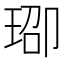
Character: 𬍨